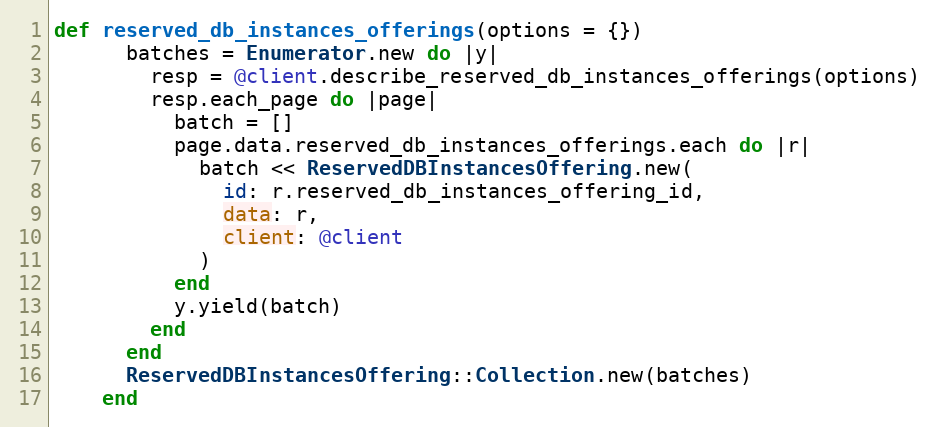
Language: Ruby
def reserved_db_instances_offerings(options = {})
      batches = Enumerator.new do |y|
        resp = @client.describe_reserved_db_instances_offerings(options)
        resp.each_page do |page|
          batch = []
          page.data.reserved_db_instances_offerings.each do |r|
            batch << ReservedDBInstancesOffering.new(
              id: r.reserved_db_instances_offering_id,
              data: r,
              client: @client
            )
          end
          y.yield(batch)
        end
      end
      ReservedDBInstancesOffering::Collection.new(batches)
    end